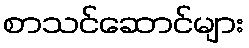
စာသင်ဆောင်များ